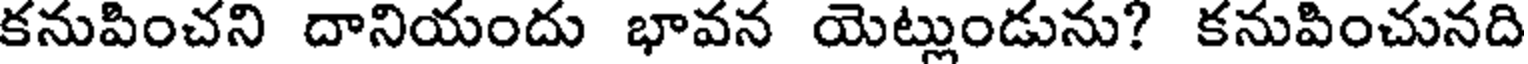
కనుపించని దానియందు భావన యెట్లుండును? కనుపించునది